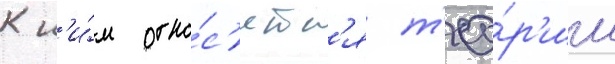
К н'и́м отно́с'ятс'я т'ео́р'ии